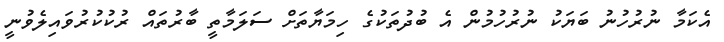
އެކަމާ ނުރުހުނު ބަޔަކު ނުރުހުމުން އެ ބުދުތަކުގެ ހިމަޔާތަށް ސަލަމާތީ ބާރުތައް ރުކުކުރުވައިލެވުނީ